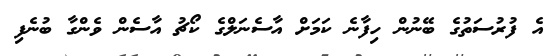
އެ ފުރުސަތުގެ ބޭނުން ހިފާނެެ ކަމަށް އާސެނަލްގެ ކޯޗު އާސެން ވެންގާ ބުނެފި